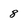
Character: 8